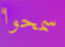
سمحوا